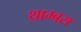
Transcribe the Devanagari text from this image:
थ्राम्बस